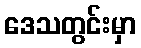
ဒေသတွင်းမှာ